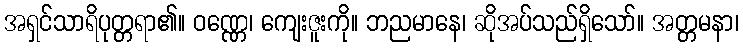
အရှင်သာရိပုတ္တရာ၏။ ဝဏ္ဏေ၊ ကျေးဇူးကို။ ဘညမာနေ၊ ဆိုအပ်သည်ရှိသော်။ အတ္တမနာ၊